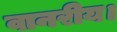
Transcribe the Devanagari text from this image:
वानरीय।